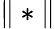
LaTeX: \| *\|